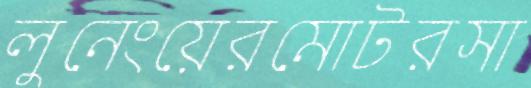
লুনেংয়েরমোটরসা